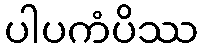
ပါပကံပိဿ